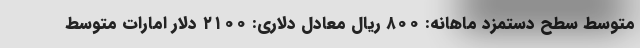
متوسط سطح دستمزد ماهانه: ۸۰۰ ریال معادل دلاری: ۲۱۰۰ دلار امارات متوسط